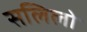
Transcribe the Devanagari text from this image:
सलिलो